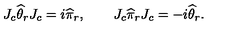
J _ { c } \widehat \theta _ { r } J _ { c } = i \widehat \pi _ { r } , \qquad J _ { c } \widehat \pi _ { r } J _ { c } = - i \widehat \theta _ { r } .